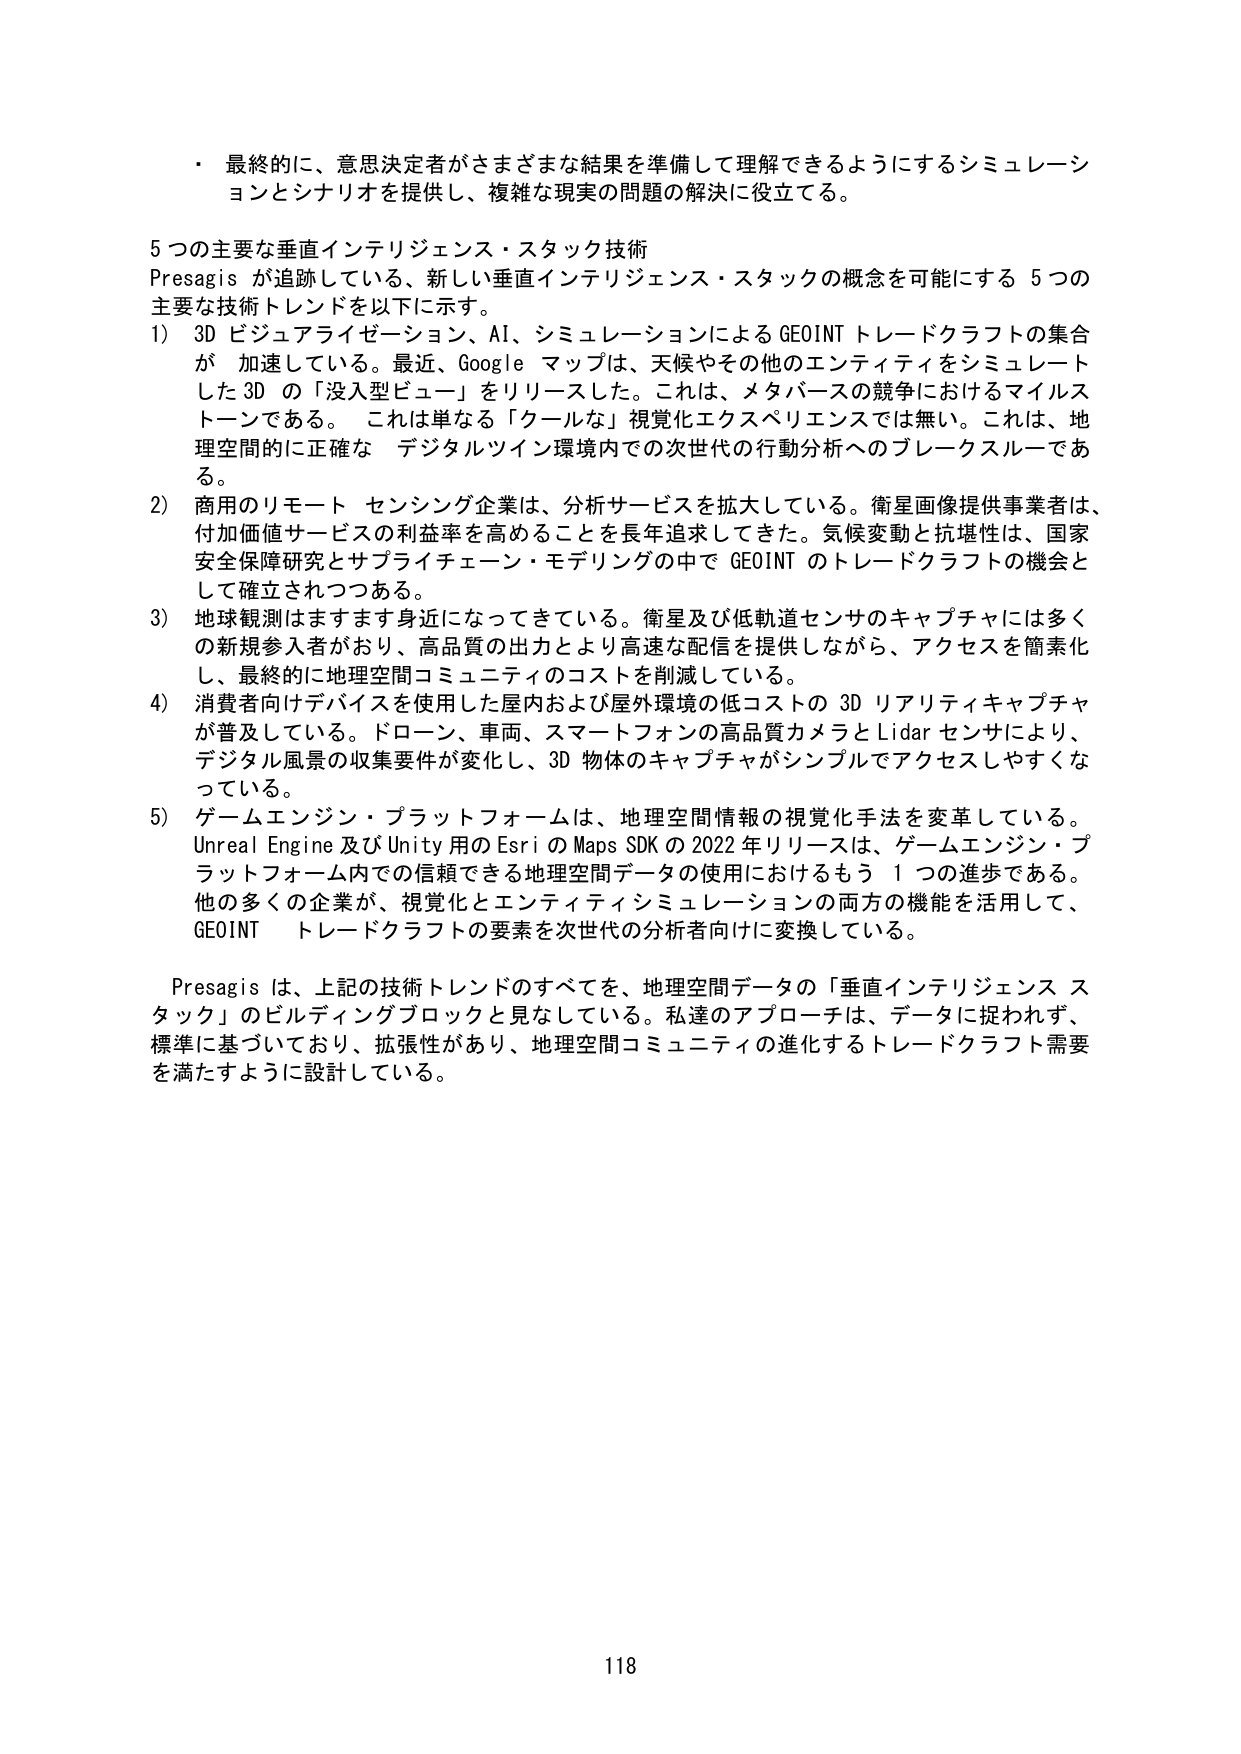
・ 最終的に、意思決定者がさまざまな結果を準備して理解できるようにするシミュレーションとシナリオを提供し、複雑な現実の問題の解決に役立てる。

5つの主要な垂直インテリジェンス・スタック技術
Presagis が追跡している、新しい垂直インテリジェンス・スタックの概念を可能にする 5つの主要な技術トレンドを以下に示す。
1) 3D ビジュアライゼーション、AI、シミュレーションによる GEOINT トレードクラフトの集合が 加速している。最近、Google マップは、天候やその他のエンティティをシミュレートした 3D の「没入型ビュー」をリリースした。これは、メタバースの競争におけるマイルストーンである。 これは単なる「クールな」視覚化エクスペリエンスでは無い。これは、地理空間的に正確な デジタルツイン環境内での次世代の行動分析へのブレークスルーである。
2) 商用のリモート センシング企業は、分析サービスを拡大している。衛星画像提供事業者は、付加価値サービスの利益率を高めることを長年追求してきた。気候変動と抗堪性は、国家安全保障研究とサプライチェーン・モデリングの中で GEOINT のトレードクラフトの機会として確立されつつある。
3) 地球観測はますます身近になってきている。衛星及び低軌道センサのキャプチャには多くの新規参入者があり、高品質の出力とより高速な配信を提供しながら、アクセスを簡素化し、最終的に地理空間コミュニティのコストを削減している。
4) 消費者向けデバイスを使用した屋内および屋外環境の低コストの 3D リアリティキャプチャが普及している。ドローン、車両、スマートフォンの高品質カメラと Lidar センサにより、デジタル風景の収集要件が変化し、3D 物体のキャプチャがシンプルでアクセスしやすくなっている。
5) ゲームエンジン・プラットフォームは、地理空間情報の視覚化手法を変革している。Unreal Engine 及び Unity 用の Esri の Maps SDK の 2022 年リリースは、ゲームエンジン・プラットフォーム内での信頼できる地理空間データの使用におけるもう 1 つの進歩である。他の多くの企業が、視覚化とエンティティシミュレーションの両方の機能を活用して、GEOINT トレードクラフトの要素を次世代の分析者向けに変換している。

Presagis は、上記の技術トレンドのすべてを、地理空間データの「垂直インテリジェンス スタック」のビルディングブロックと見なしている。私達のアプローチは、データに捉われず、標準に基づいており、拡張性があり、地理空間コミュニティの進化するトレードクラフト需要を満たすように設計している。

118